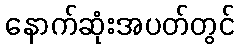
နောက်ဆုံးအပတ်တွင်